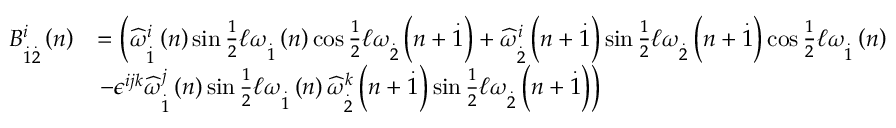
\begin{array} { r l } { B _ { \overset { . } { 1 } \overset { . } { 2 } } ^ { i } \left( n \right) } & { = \left( \widehat { \omega } _ { \overset { . } { 1 } } ^ { i } \left( n \right) \sin \frac { 1 } { 2 } \mathcal { \ell } \omega _ { \overset { . } { 1 } } \left( n \right) \cos \frac { 1 } { 2 } \mathcal { \ell } \omega _ { \overset { . } { 2 } } \left( n + \overset { . } { 1 } \right) + \widehat { \omega } _ { \overset { . } { 2 } } ^ { i } \left( n + \overset { . } { 1 } \right) \sin \frac { 1 } { 2 } \mathcal { \ell } \omega _ { \overset { . } { 2 } } \left( n + \overset { . } { 1 } \right) \cos \frac { 1 } { 2 } \mathcal { \ell } \omega _ { \overset { . } { 1 } } \left( n \right) \right. } \\ & { \left. - \epsilon ^ { i j k } \widehat { \omega } _ { \overset { . } { 1 } } ^ { j } \left( n \right) \sin \frac { 1 } { 2 } \mathcal { \ell } \omega _ { \overset { . } { 1 } } \left( n \right) \widehat { \omega } _ { \overset { . } { 2 } } ^ { k } \left( n + \overset { . } { 1 } \right) \sin \frac { 1 } { 2 } \mathcal { \ell } \omega _ { \overset { . } { 2 } } \left( n + \overset { . } { 1 } \right) \right) } \end{array}